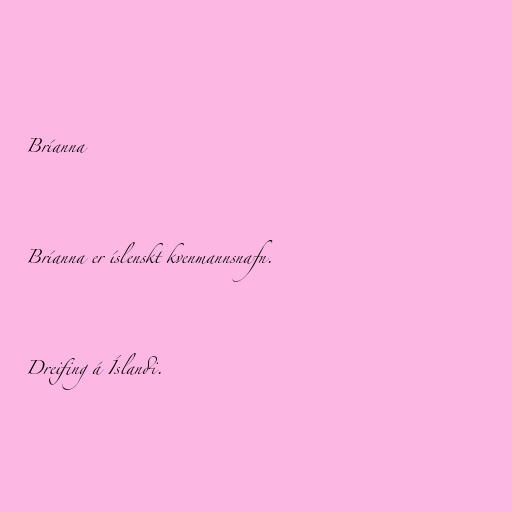
Bríanna

Bríanna er íslenskt kvenmannsnafn.

Dreifing á Íslandi.